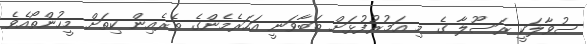
ސުވާލަކީ ރަސޫލާ ގެ މި އަމުރުފުޅަށް ތަބާވަނީ އަހަރެމެންގެ ތެރެއިން ކިތަށް މީހުންތޯއެވެ